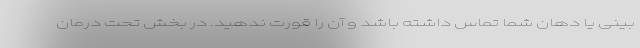
بینی یا دهان شما تماس داشته باشد و آن را قورت ندهید. در بخش تحت درمان